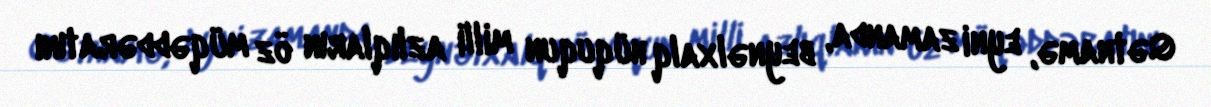
Qətnamə, eyni zamanda, beynəlxalq hüququn milli azlıqların öz müqəddəratını